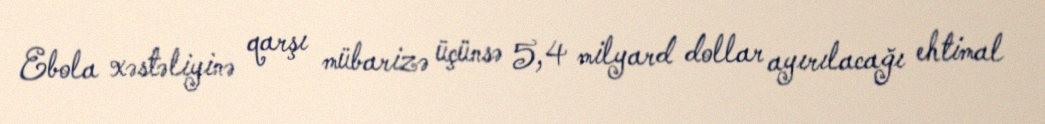
Ebola xəstəliyinə qarşı mübarizə üçünsə 5,4 milyard dollar ayırılacağı ehtimal